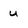
Character: u